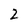
Character: 2